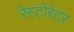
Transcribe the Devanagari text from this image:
रेस्टोरेटर